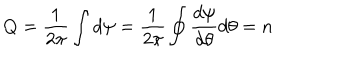
Q = \frac { 1 } { 2 \pi } \int d \psi = \frac { 1 } { 2 \pi } \oint \frac { d \psi } { d \theta } d \theta = n